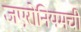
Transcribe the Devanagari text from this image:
जएरोनियमची